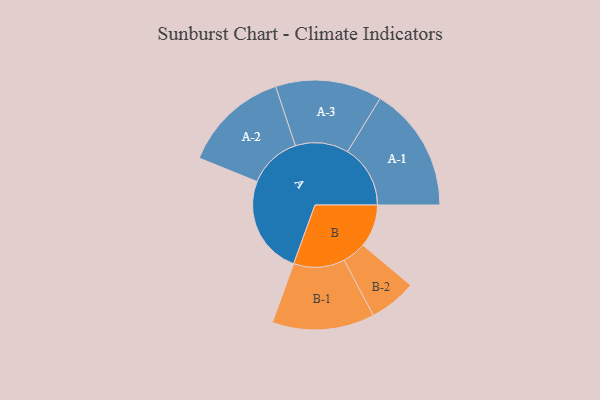
{"axis": {"x": "Segment", "y": "Value"}, "legend": ["", "A", "B"], "data": [{"x": "A", "y": 470, "type": ""}, {"x": "B", "y": 204, "type": ""}, {"x": "A-1", "y": 299, "type": "A"}, {"x": "A-2", "y": 253, "type": "A"}, {"x": "A-3", "y": 254, "type": "A"}, {"x": "B-1", "y": 244, "type": "B"}, {"x": "B-2", "y": 113, "type": "B"}]}